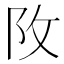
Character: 𨸩